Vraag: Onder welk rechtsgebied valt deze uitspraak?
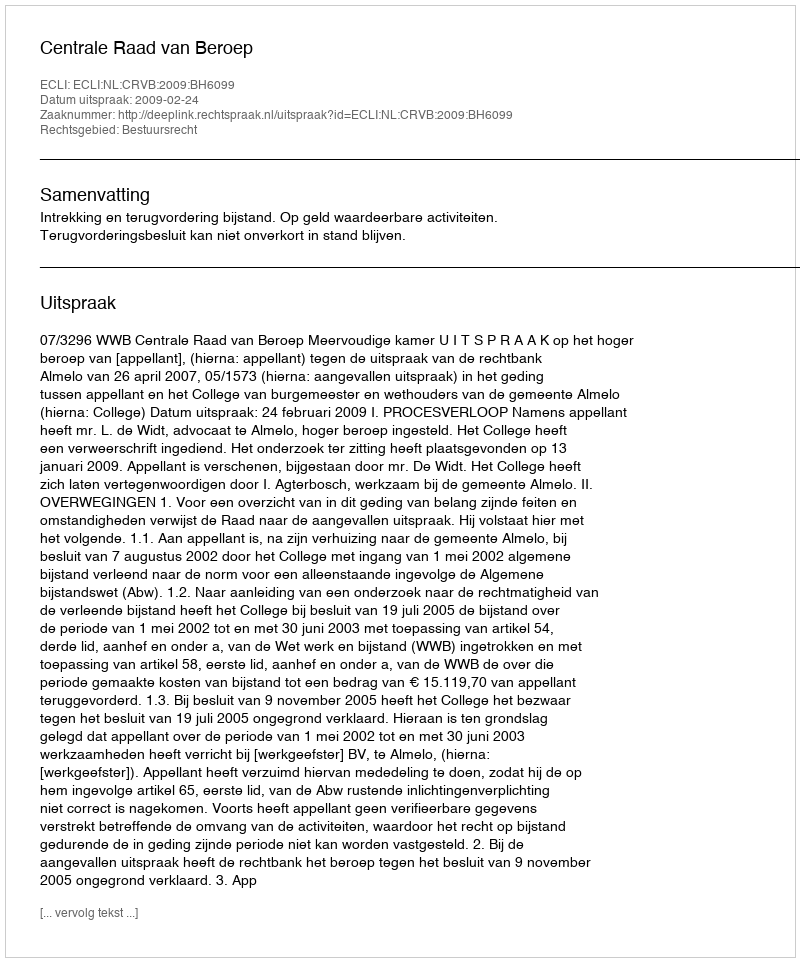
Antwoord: Bestuursrecht